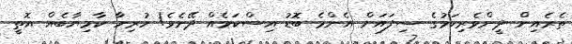
ތެރެއިން ދީންވެރިކަމުގެ ސިފައަށް އެންމެ ބޮޑު އިސްކަމެއް ދޭށެވެ! ހުރިހާ ކާމިޔާބެއް އޮތީ